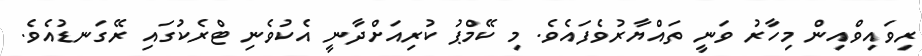
ރިވައިވްއިން މިހާރު ވަނީ ތައްޔާރުވެފައެވެ. މި ކޭމްޕު ކުރިއަށްދާނީ އެކުވެނި ޓްރެކުގައި ރޭގަނޑުއެވެ.